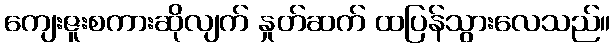
ကျေးဇူးစကားဆိုလျက် နှုတ်ဆက် ထပြန်သွားလေသည်။